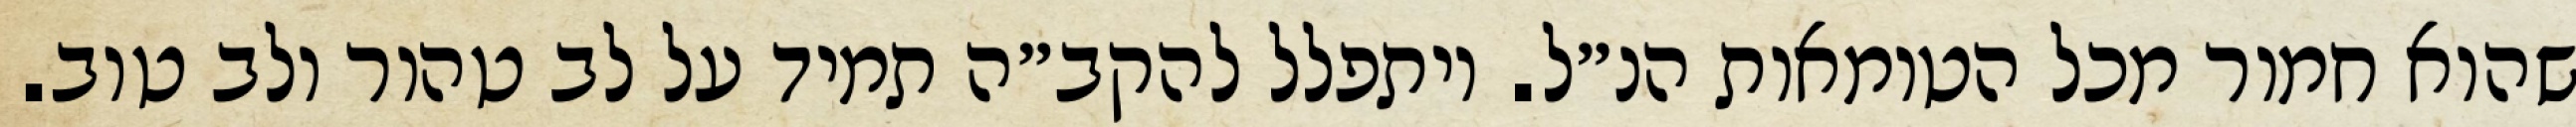
שהוא חמור מכל הטומאות הנ״ל. ויתפלל להקב״ה תמיד על לב טהור ולב טוב.